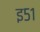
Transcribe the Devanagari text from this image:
इ५१